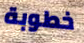
خطوبة